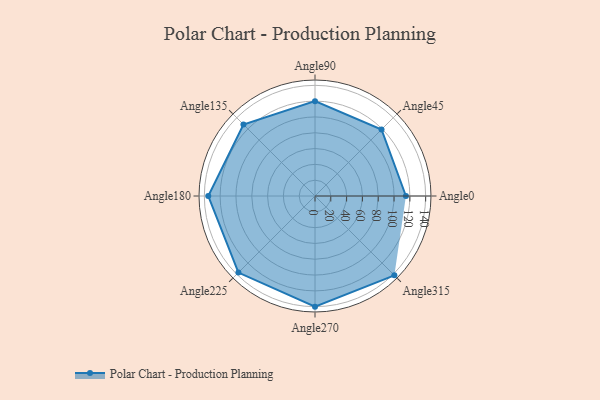
{"axis": {"x": "Angle", "y": "Radius"}, "legend": [""], "data": [{"x": "Angle0", "y": 115.0, "type": ""}, {"x": "Angle45", "y": 119.0, "type": ""}, {"x": "Angle90", "y": 120.0, "type": ""}, {"x": "Angle135", "y": 128.0, "type": ""}, {"x": "Angle180", "y": 135.0, "type": ""}, {"x": "Angle225", "y": 137.0, "type": ""}, {"x": "Angle270", "y": 140.0, "type": ""}, {"x": "Angle315", "y": 142.0, "type": ""}]}